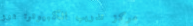
مركز تدريب الكمبيوتر: دور